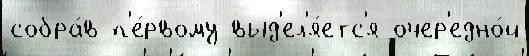
собра́в п'е́рвому выд'ел'я́етс'я очер'едно́й